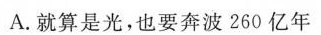
A.就算是光，也要奔波260亿年